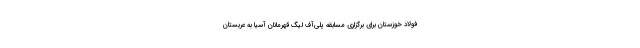
فولاد خوزستان برای برگزاری مسابقه پلی‌آف لیگ قهرمانان آسیا به عربستان